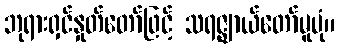
ဘုရားရှင်နှုတ်တော်ဖြင့် သရဇ္ဈာယ်တော်မူပုံ။